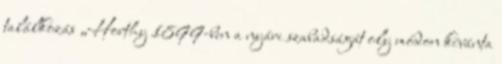
találkozás „Horthy 1899-ben a nyári szabadságát oly módon kívánta